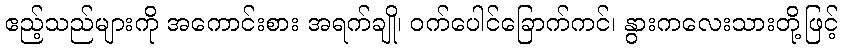
ဧည့်သည်များကို အကောင်းစား အရက်ချို၊ ဝက်ပေါင်ခြောက်ကင်၊ နွားကလေးသားတို့ဖြင့်